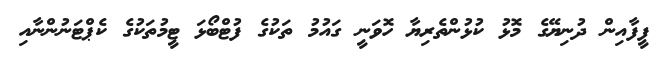
ފީފާއިން ދުނިޔޭގެ މޮޅު ކުޅުންތެރިޔާ ހޮވަނީ ގައުމު ތަކުގެ ފުޓްބޯޅަ ޓީމުތަކުގެ ކެޕްޓަނުންނާއި